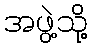
အဖွဲ့သို့